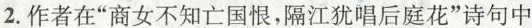
2.作者在”商女不知亡国恨，隔江犹唱后庭花”诗句中